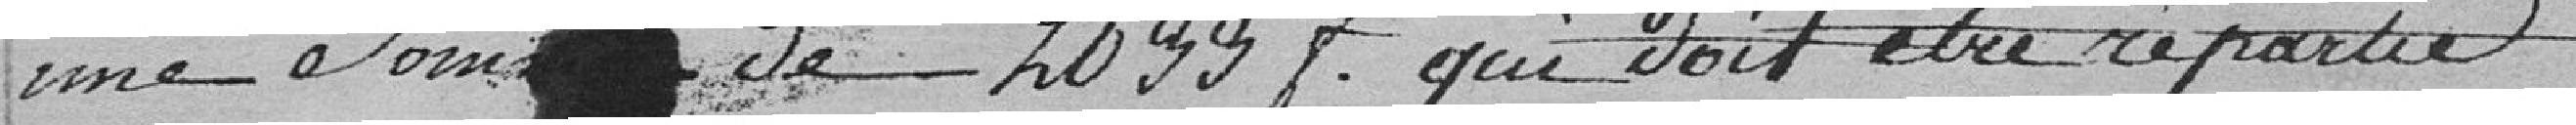
une somme de 2033 francs qui doit être répartie